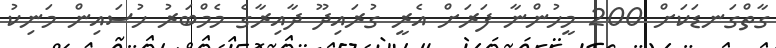
ގާތްގަނޑަކަށް 200 މީހުންނާ ފަރަށް އެރީ ގުރައިދޫ ދާއިރާގެ މެމްބަރު ހުސައިން މަނިކު